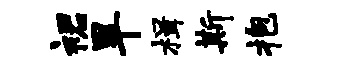
裙旱楫斯抱